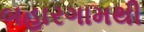
બહારગામથી